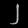
Digit: ၂